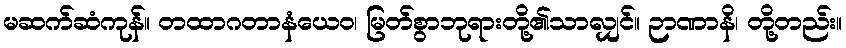
မဆက်ဆံကုန်။ တထာဂတာနံယေဝ၊ မြတ်စွာဘုရားတို့၏သာလျှင်။ ဉာဏာနိ၊ တို့တည်း။